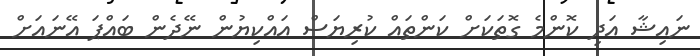
ނައިޝާ އަދި ކޮންމެ ގޮތަކަށް ކަންތައް ކުރިޔަސް އައްކިޔުން ނޭދެން ބައްޕަ އޭނައަށް